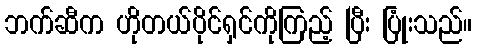
ဘက်ဆီက ဟိုတယ်ပိုင်ရှင်ကိုကြည့် ပြီး ပြုံးသည်။